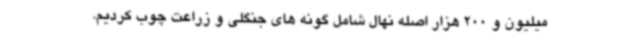
میلیون و 200 هزار اصله نهال شامل گونه های جنگلی و زراعت چوب کردیم.